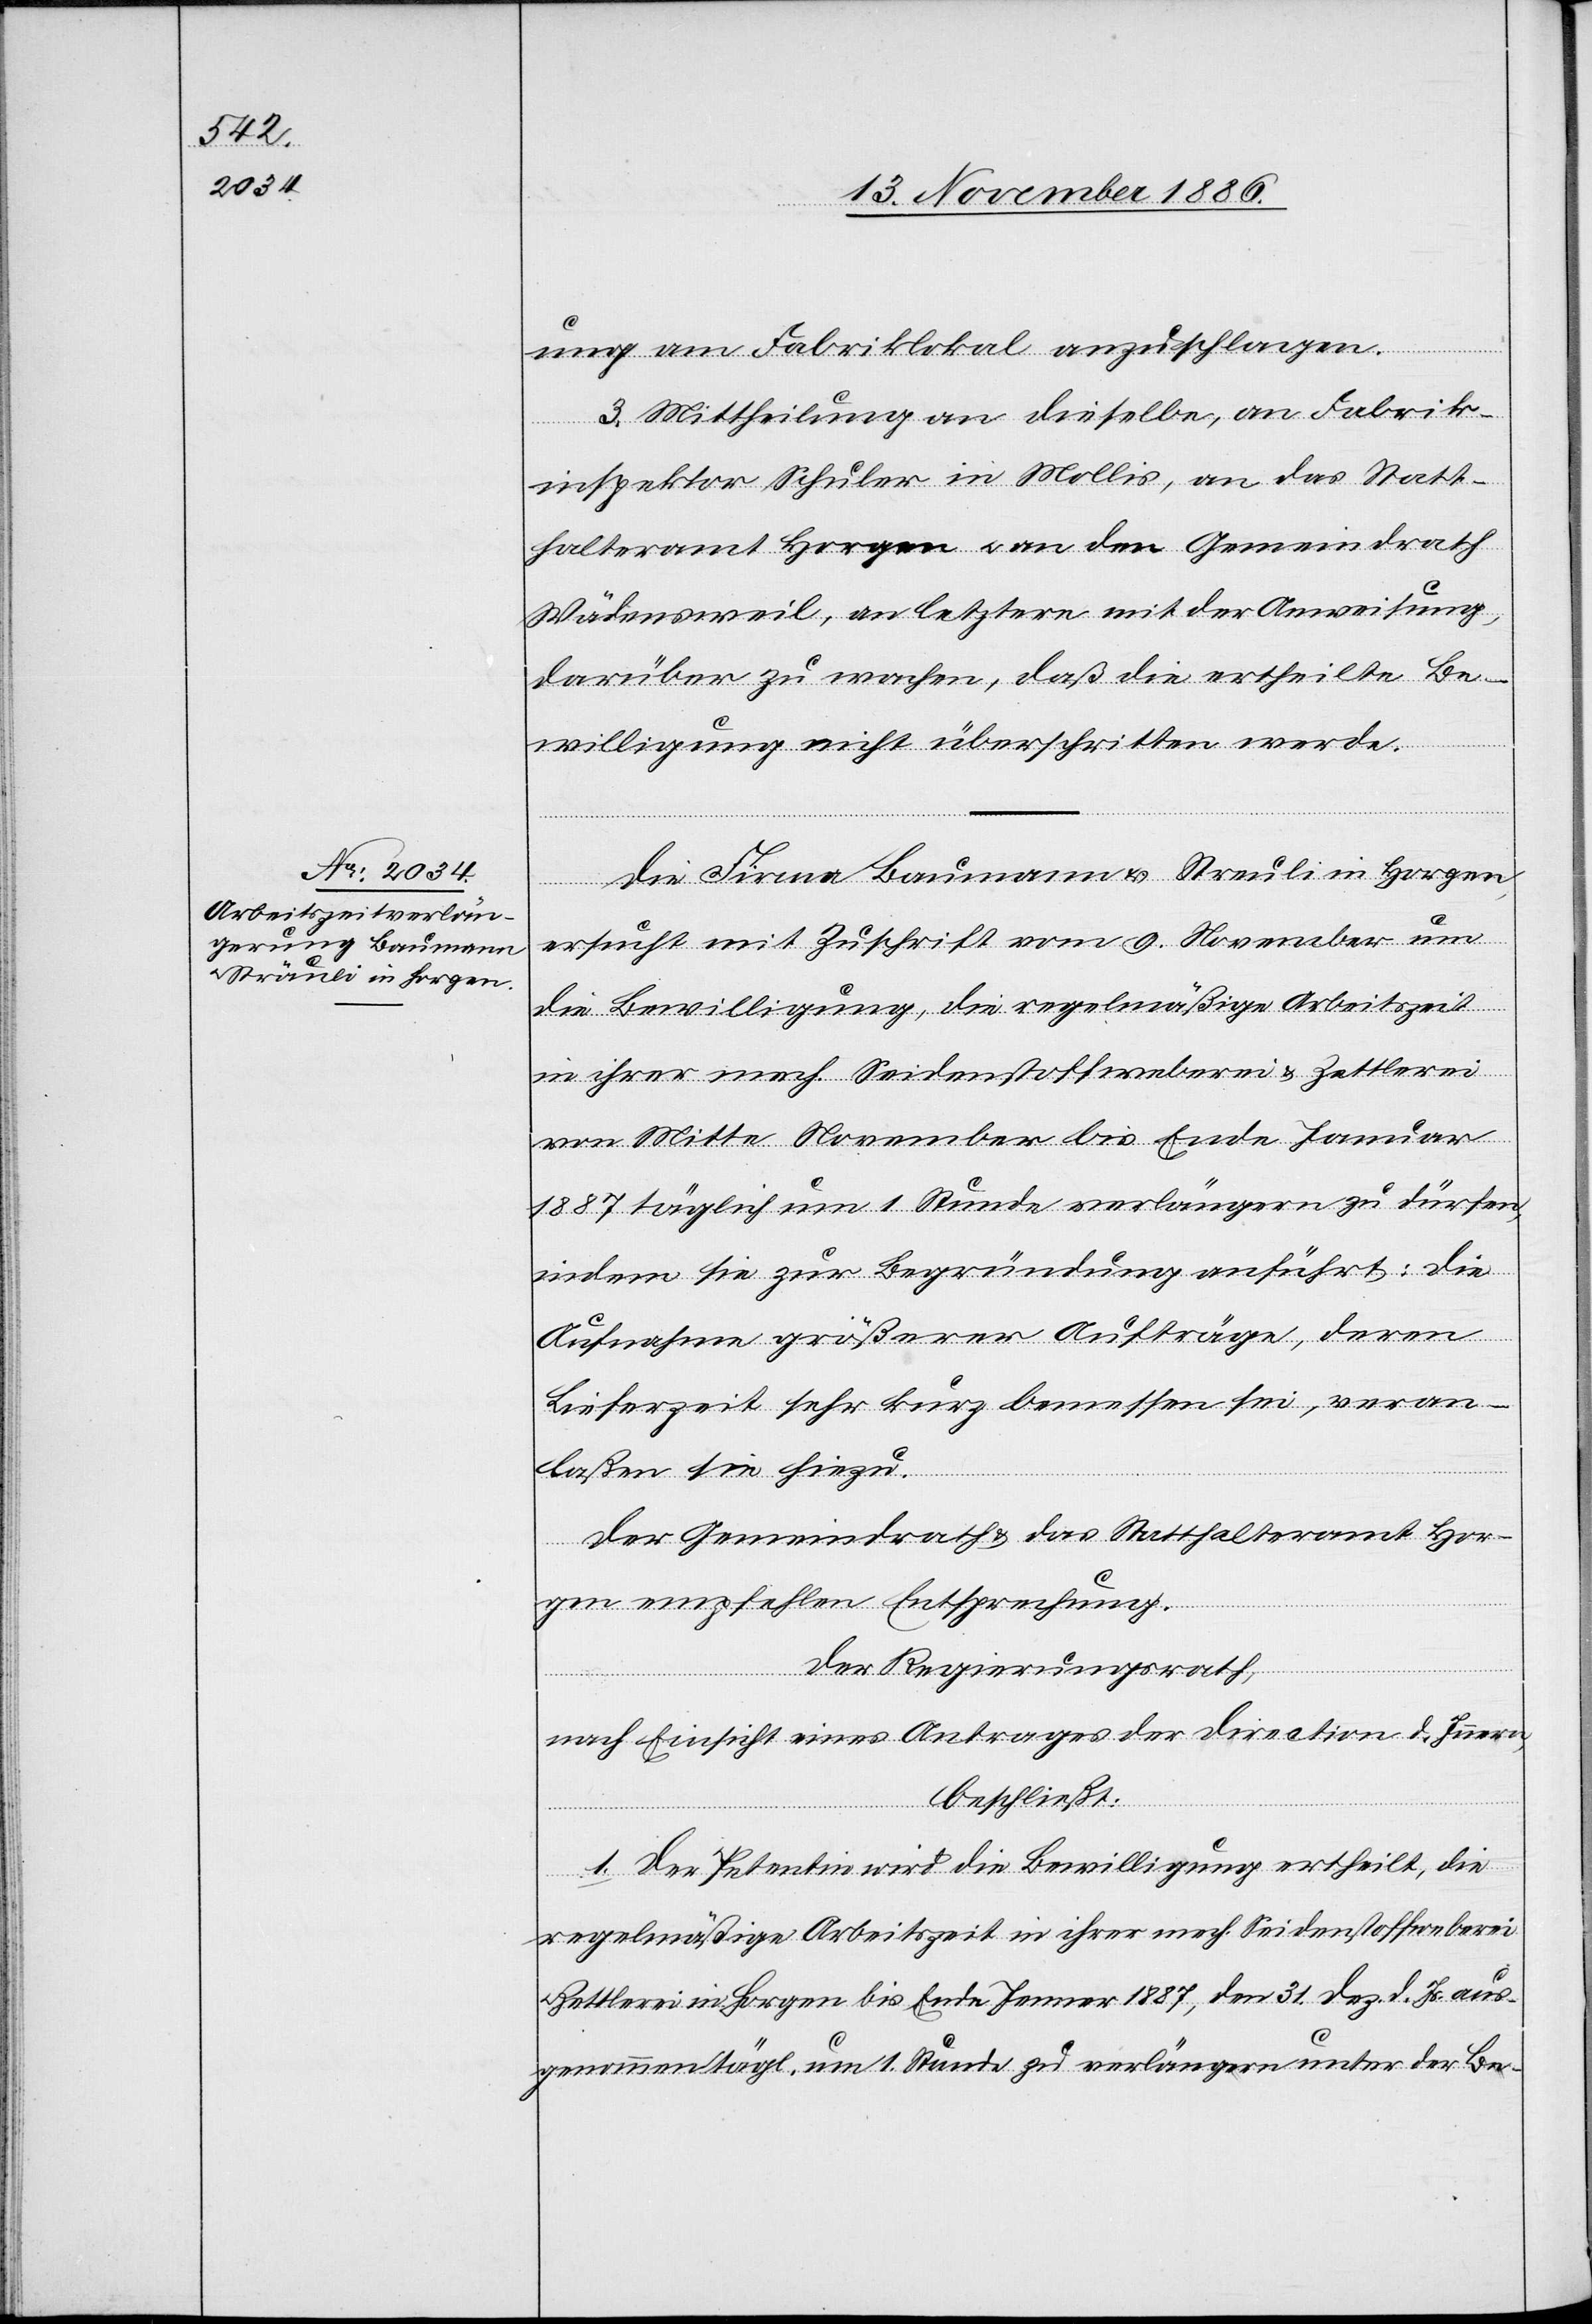
15. November 1886.]
ung am Fabriklokal anzuschlagen.
3. Mittheilung an dieselbe, an Fabrik¬
inspektor Schuler in Mollis, an das Statt¬
halteramt Horgen & an den Gemeindrath
Wädensweil, an letztern mit der Anweisung,
darüber zu wachen, daß die ertheilte Be¬
willigung nicht überschritten werde.
Die Firma Baumann & Streuli [sic!] in Horgen
ersucht mit Zuschrift vom 9. November um
die Bewilligung, die regelmäßige Arbeitszeit
in ihrer mech. Seidenstoffweberei & Zettlerei
von Mitte November bis Ende Januar
1887 täglich um 1 Stunde verlängern zu dürfen,
indem sie zur Begründung anführt: die
Aufnahme größerer Aufträge, deren
Lieferzeit sehr kurz bemessen sei, veran¬
laßen sie hiezu.
Der Gemeindrath & das Statthalteramt Hor¬
gen empfehlen Entsprechung.
Der Regierungsrath,
nach Einsicht eines Antrages der Direction d. Innern,
beschließt:
1. Der Petentin wird die Bewilligung ertheilt, die
regelmäßige Arbeitszeit in ihrer mech. Seidenstoffweberei
Zettlerei in Horgen bis Ende Jenner 1887, den 31. Dez. d. Js. aus¬
genommen tägl. um 1 Stunde zu verlängern unter der Be-